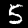
Digit: 5